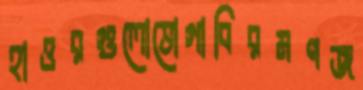
হাওরগুলোভোগাবিরমণজ